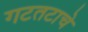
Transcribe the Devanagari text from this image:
गटतटाचे